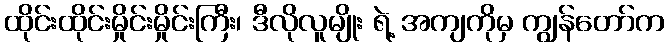
ထိုင်းထိုင်းမှိုင်းမှိုင်းကြီး၊ ဒီလိုလူမျိုး ရဲ့ အကျကိုမှ ကျွန်တော်က